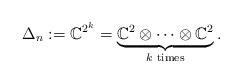
LaTeX: \begin{gather*}\Delta_n:=\mathbb{C}^{2^k}=\underbrace{\mathbb{C}^2\otimes \dots \otimes \mathbb{C}^2}_{k\,\,{\rm times}}.\end{gather*}